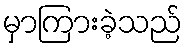
မှာကြားခဲ့သည်